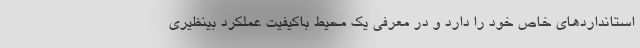
استانداردهای خاص خود را دارد و در معرفی یک محیط باکیفیت عملکرد بینظیری